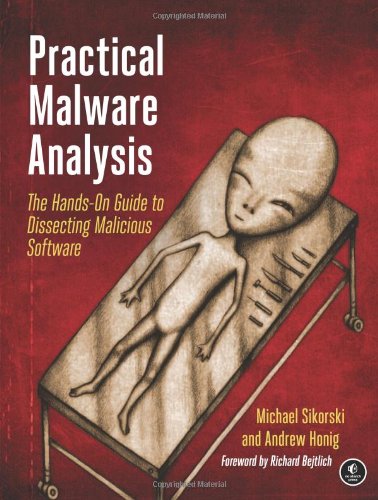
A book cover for Practical Malware Analysis: The Hands-On Guide to Dissecting Malicious Software; Michael Sikorski; Computers & Technology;